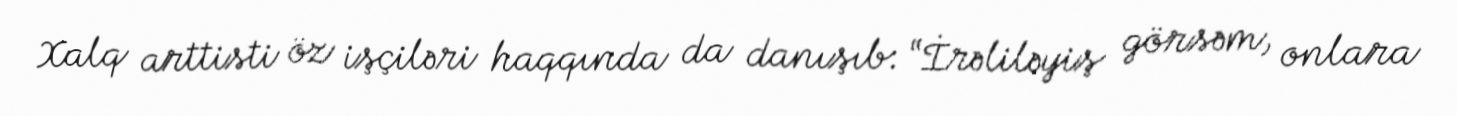
Xalq arttisti öz işçiləri haqqında da danışıb: “İrəliləyiş görsəm, onlara